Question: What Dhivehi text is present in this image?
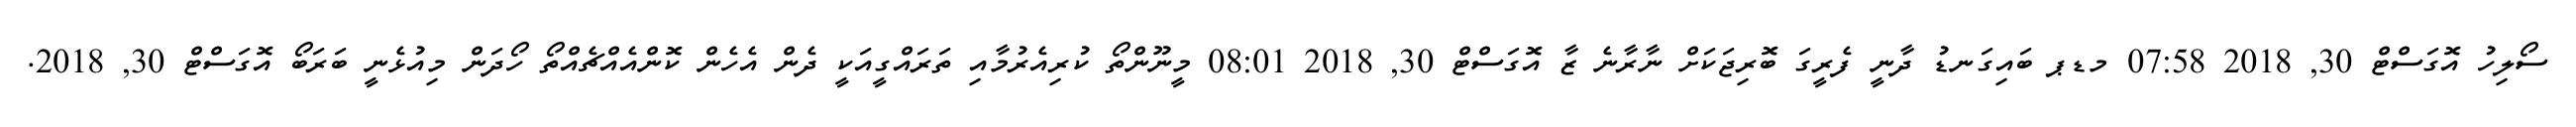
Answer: ސޯލިހު އޮގަސްޓް 30, 2018 07:58 މޑޕ ބައިގަނޑު ދާނީ ފެރީގަ ބޮރިޖަކަށް ނާރާނެ ޒާ އޮގަސްޓް 30, 2018 08:01 މީނޫންތޯ ކުރިއެރުމާއި ތަރައްގީއަކީ ދެން އެހެން ކޮންއެއްޗެއްތޯ ހޯދަން މިއުޅެނީ ބަރަބޯ އޮގަސްޓް 30, 2018.